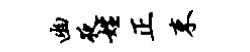
幽夜姓正束